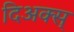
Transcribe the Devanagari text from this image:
दिअक्स्